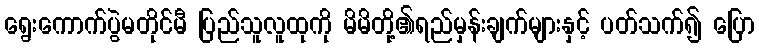
ရွေးကောက်ပွဲမတိုင်မီ ပြည်သူလူထုကို မိမိတို့၏ရည်မှန်းချက်များနှင့် ပတ်သက်၍ ပြော